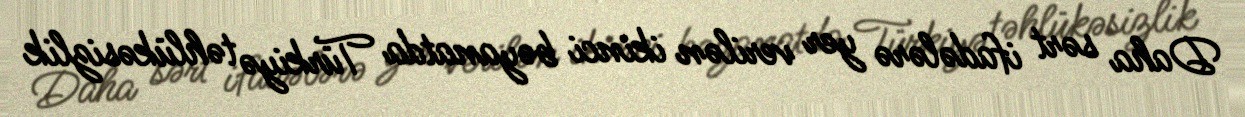
Daha sərt ifadələrə yer verilən ikinci bəyanatda Türkiyə təhlükəsizlik